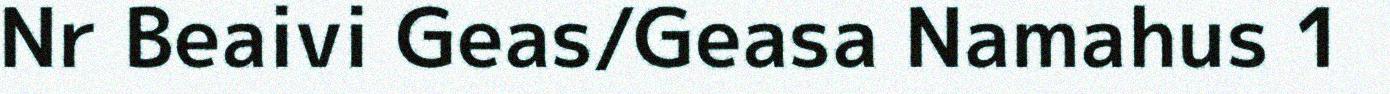
Nr Beaivi Geas/Geasa Namahus 1